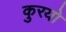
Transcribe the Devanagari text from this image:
कुरयो